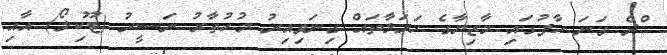
ްދެ ވަނަ ހާފުގައި މާޒިޔާގެ ހަމަލާތައް ގިނަވިއިރު މުހުތާރު ނަސީރު (ޓޫކިލޯ) އާއި